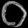
Digit: ၀